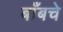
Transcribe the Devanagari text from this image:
बाँबचे